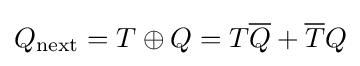
Q_{\text{next}}=T\oplus Q=T{\overline {Q}}+{\overline {T}}Q